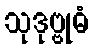
သုဒုဗ္ဗုဓံ